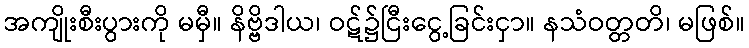
အကျိုးစီးပွားကို မမှီ။ နိဗ္ဗိဒါယ၊ ဝဋ်၌ငြီးငွေ့ခြင်းငှာ။ နသံဝတ္တတိ၊ မဖြစ်။